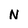
Character: N